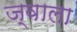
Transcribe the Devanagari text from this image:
ज्‍वाला